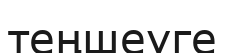
теңшеуге